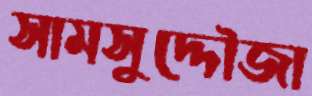
সামসুদ্দৌজা